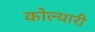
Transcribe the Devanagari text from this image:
कोल्यारी